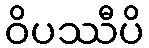
ဝိပဿီပိ